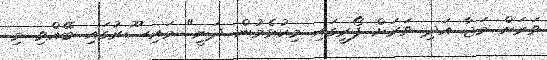
ވަރަށް މަޖާ އަދި ވަރަށް ފޯރީގައި މިކުޅެމުން ދަނީ" މައިސޫރުގައި ބޭއްވި މި